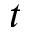
t